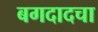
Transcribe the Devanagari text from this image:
बगदादचा